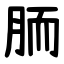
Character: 胹